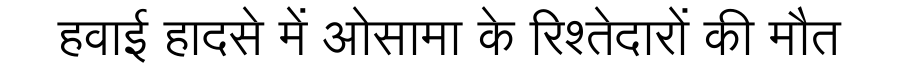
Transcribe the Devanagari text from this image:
हवाई हादसे में ओसामा के रिश्तेदारों की मौत